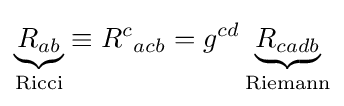
\underbrace {R_{ab}} _{\text{Ricci}}\equiv R^{c}{}_{acb}=g^{cd}\underbrace {R_{cadb}} _{\text{Riemann}}